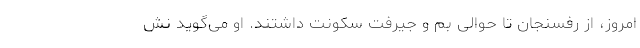
امروز، از رفسنجان تا حوالی بم و جیرفت سکونت داشتند. او می‌گوید نش